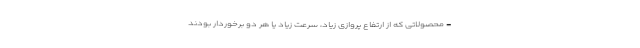
- محصولاتی که از ارتفاع پروازی زیاد، سرعت زیاد یا هر دو برخوردار بودند